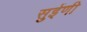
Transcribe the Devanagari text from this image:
सुईणी